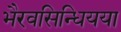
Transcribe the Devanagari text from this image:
भैरवसिन्धियया